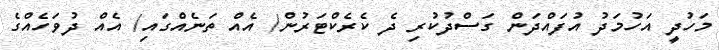
މަހުދީ އަހުމަދު އުފައްދަން ގަސްދުކުރި ދެ ކެރެކްޓަރުން/ އެއް ތަނެއްގައި/ އެއް ދުވަހެއްގެ